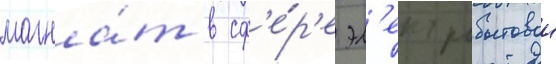
магна́т в сф'е́р'е эл'ектробытовои